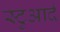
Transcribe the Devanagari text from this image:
स्टुआर्द